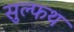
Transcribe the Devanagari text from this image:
सुल्फथ